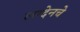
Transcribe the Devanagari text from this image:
लादेनचे